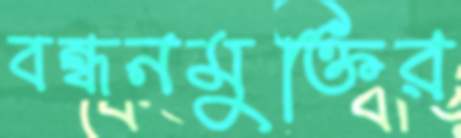
বন্ধনমুক্তির